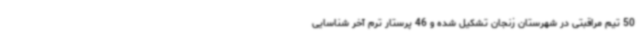
50 تیم مراقبتی در شهرستان زنجان تشکیل شده و 46 پرستار ترم آخر شناسایی